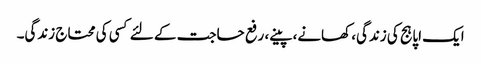
ایک اپاہج کی زندگی، کھانے، پینے، رفع حاجت کے لئے کسی کی محتاج زندگی۔